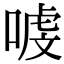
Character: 㗔